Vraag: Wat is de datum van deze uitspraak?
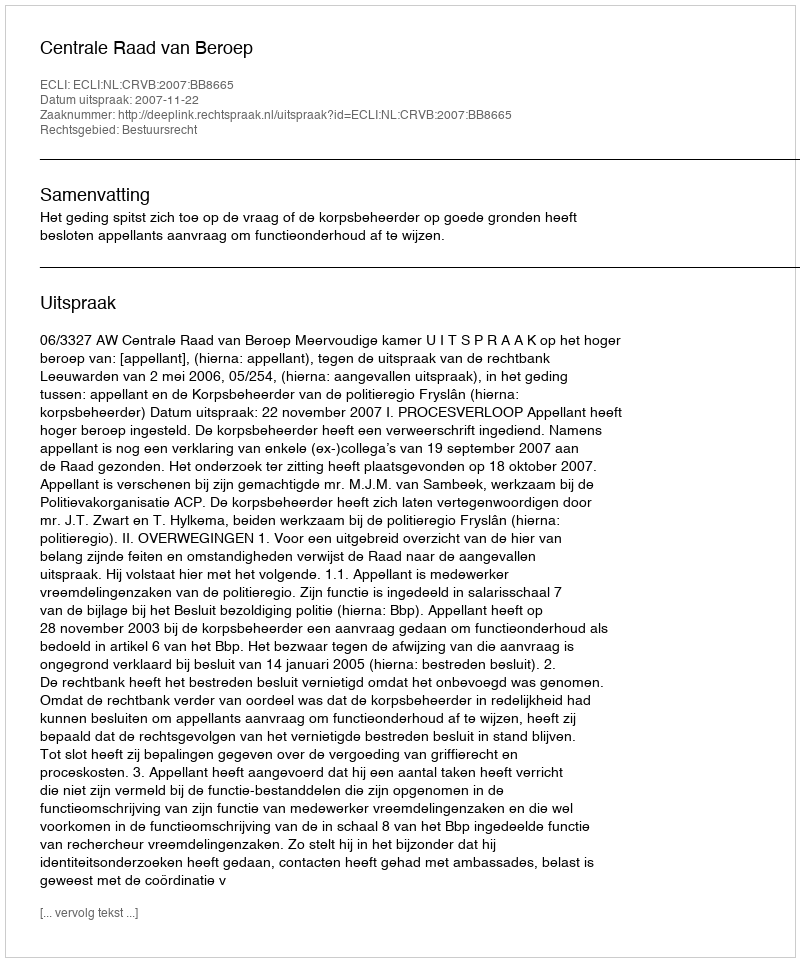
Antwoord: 2007-11-22